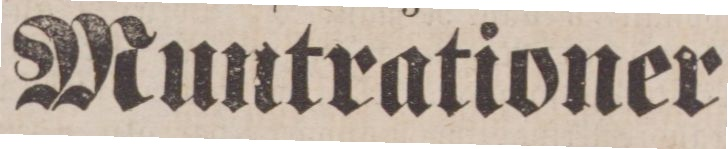
Muntrationer